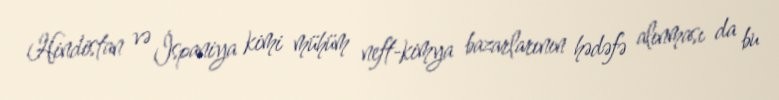
Hindistan və İspaniya kimi mühüm neft-kimya bazarlarının hədəfə alınması da bu